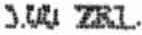
5.00 ZRL.